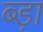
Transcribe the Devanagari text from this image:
ब्ड़ा